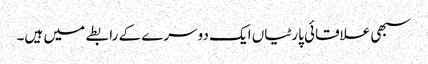
سبھی علاقائی پارٹیاں ایک دوسرے کے رابطے میں ہیں۔